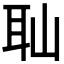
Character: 𦔺